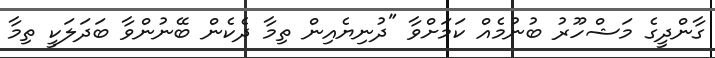
ގާންދީގެ މަޝްހޫރު ބުނުމެއް ކަމަށްވާ "ދުނިޔެއިން ތިމާ ދެކެން ބޭނުންވާ ބަދަލަކީ ތިމާ